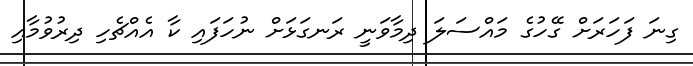
ގިނަ ފަހަރަށް ގޭހުގެ މައްސަލަ ދިމާވަނީ ރަނގަޅަށް ނުހަފައި ކާ އެއްޗެހި ދިރުވުމާއި